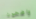
واضحون